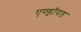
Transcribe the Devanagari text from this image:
एण्ड्रॉयड